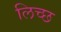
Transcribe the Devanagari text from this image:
लिच्छ